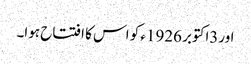
اور3اکتوبر 1926ء کو اس کا افتتاح ہوا۔